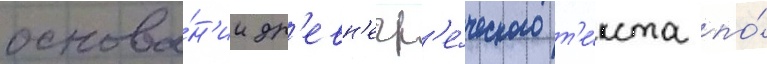
основа́н'ии др'евн'егр'е́ческого т'е́кста по́